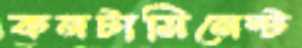
কনটামিনেন্ট